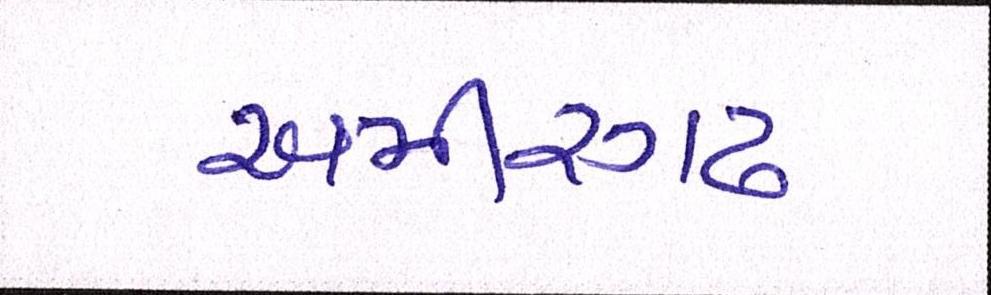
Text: અમીરગઢ